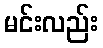
မင်းလည်း